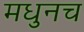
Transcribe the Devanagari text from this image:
मधुनच